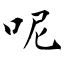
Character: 呢